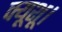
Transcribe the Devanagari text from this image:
क्यूशू।